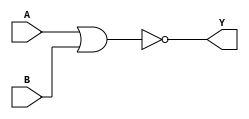
`timescale 1ns / 1ps
//////////////////////////////////////////////////////////////////////////////////
// Company: 
// Engineer: 
// 
// Design Name: 
// Module Name: logic_nor
// Project Name: 
// Target Devices: 
// Tool Versions: 
// Description: 
// 
// Dependencies: 
// 
// Revision:
// Revision 0.01 - File Created
// Additional Comments:
// 
//////////////////////////////////////////////////////////////////////////////////


module logic_nor(A,B,Y);
    input A;
    input B;
    output Y;
    
    assign Y = ~(A|B);
endmodule